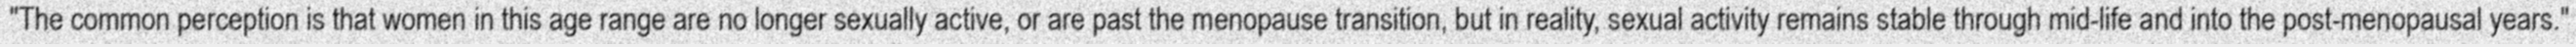
"The common perception is that women in this age range are no longer sexually active, or are past the menopause transition, but in reality, sexual activity remains stable through mid-life and into the post-menopausal years."